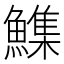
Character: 𮬏